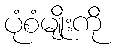
ပုံစံမျိုးကို